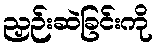
ညှဉ်းဆဲခြင်းကို